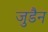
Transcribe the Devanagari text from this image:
जुडैन